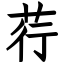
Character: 荇